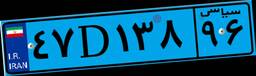
۴۷D۱۳۸۹۶